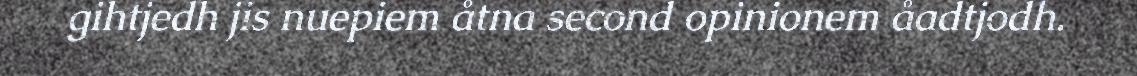
gihtjedh jis nuepiem åtna second opinionem åadtjodh.